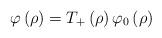
LaTeX: \begin{align*}\varphi\left( \rho\right) =T_{+}\left( \rho\right) \varphi_{0}\left(\rho\right) \end{align*}